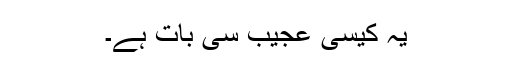
یہ کیسی عجیب سی بات ہے۔